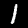
Digit: 1